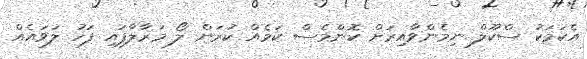
އެކަމަކު ސްކޫލް ނިމެންވާއިރަށް ކޮންމެސް ކަމެއް ކުރަން ލޯ މަރާލާފައި ފަހު ލަވައެއް